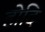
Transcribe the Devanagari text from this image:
होदि